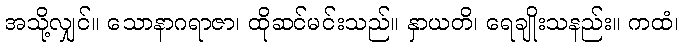
အသို့လျှင်။ သောနာဂရာဇာ၊ ထိုဆင်မင်းသည်။ နှာယတိ၊ ရေချိုးသနည်း။ ကထံ၊